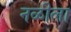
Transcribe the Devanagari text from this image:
नळीला